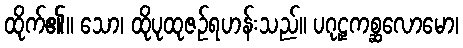
ထိုက်၏။ သော၊ ထိုပုထုဇဉ်ရဟန်းသည်။ ပဂုဠှကစ္ဆလောမော၊